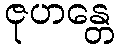
ဇုဟန္တေ